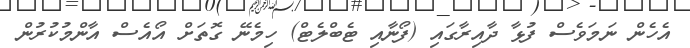
އެހެން ނަމަވެސް ފުޅާ ދާއިރާގައި (ފޯނާއި ޓެބްލެޓް) ހިމެނޭ ގޮތަށް އޯއެސް އާންމުކުރުން